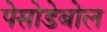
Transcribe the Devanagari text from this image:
पेसोडेबोल